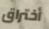
أختراق